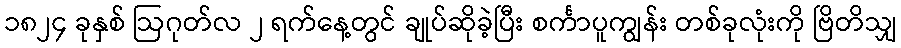
၁၈၂၄ ခုနှစ် ဩဂုတ်လ ၂ ရက်နေ့တွင် ချုပ်ဆိုခဲ့ပြီး စင်္ကာပူကျွန်း တစ်ခုလုံးကို ဗြိတိသျှ